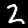
Label: 2